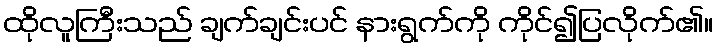
ထိုလူကြီးသည် ချက်ချင်းပင် နားရွက်ကို ကိုင်၍ပြလိုက်၏။